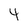
Character: 4